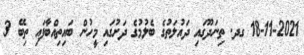
18-11-2021 ގދ. ތިނަދޫގައި ދައުލަތުގެ ބެލުމުގެ ދަށުގައި މީހުން ބައިތިއްބާފައި ތިބޭ 3